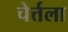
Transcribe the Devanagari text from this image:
चेर्त्तला